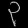
Digit: ၃